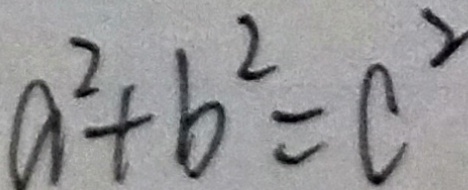
a ^ { 2 } + b ^ { 2 } = c ^ { 2 }